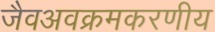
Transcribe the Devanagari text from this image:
जैवअवक्रमकरणीय